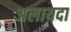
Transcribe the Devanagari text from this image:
अलायदा